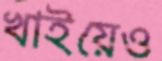
খাইয়েও